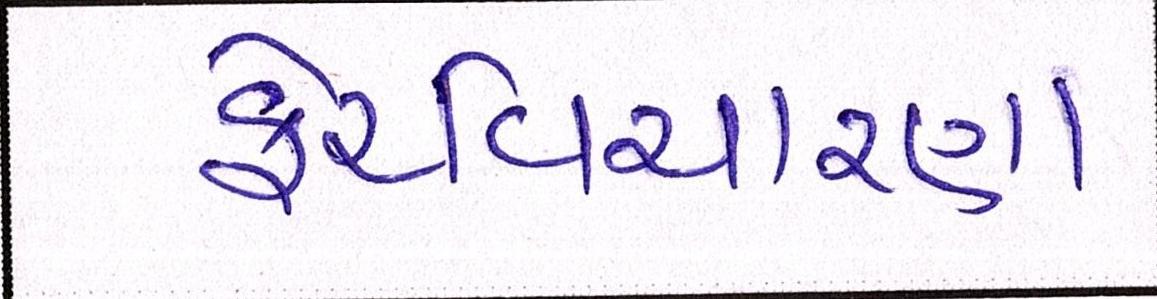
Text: ફેરવિચારણા